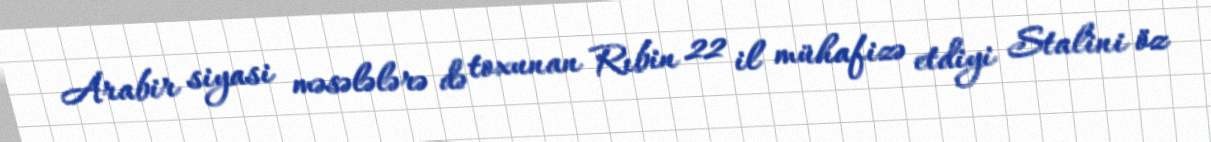
Arabir siyasi məsələlərə də toxunan Rıbin 22 il mühafizə etdiyi Stalini öz